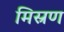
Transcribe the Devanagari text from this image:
मिस्रण